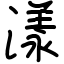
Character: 漾